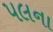
પલના